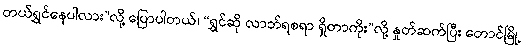
တယ်ရွှင်နေပါလား”လို့ ပြောပါတယ်၊ “ရွှင်ဆို လာဘ်ရစရာ ရှိတာကိုး”လို့ နှုတ်ဆက်ပြီး တောင်မြို့